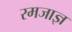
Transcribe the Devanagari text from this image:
रमजाज्ञ